Punjab Mental Hospital Lahore 1922-31 - 1922-1931
Year: 1922
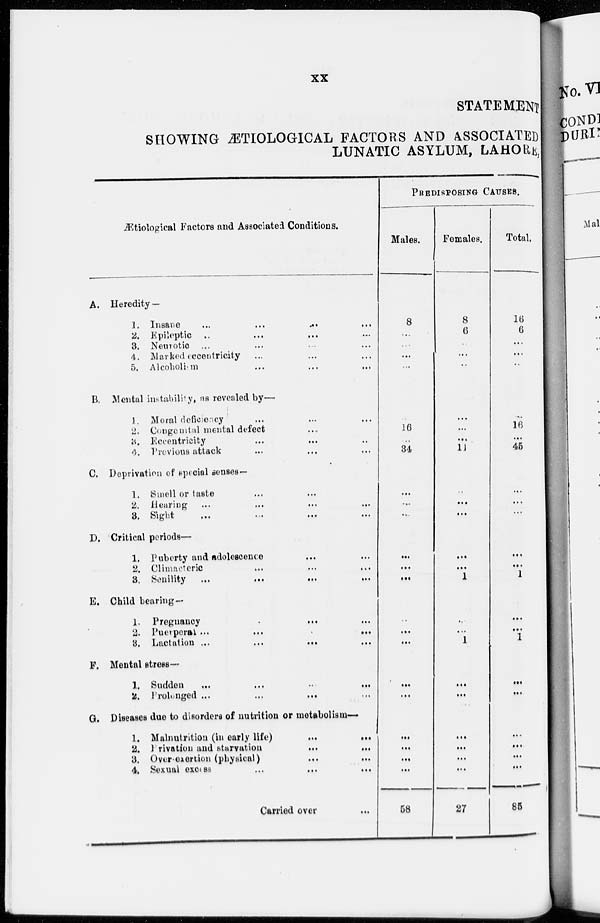
xx
STATEMENT
SHOWING ÆTIOLOGICAL FACTORS AND ASSOCIATED
LUNATIC ASYLUM, LAHORE,
Ætiological Factors and Associated Conditions.
A. Heredity —
1.
Insane
...
...
...
...
2. Epileptic
...
...
... ...
3. Neurotic ... ... ... ...
4. Marked eccentricity ... ... ...
5. Alcoholism ... ... ... ...
B. Mental instability, as revealed by—
1. Moral deficiency ... ... ...
2. Congenital mental defect ... ... ...
3. Eccentricity ... ... ... ...
4. Previous attack
...
...
...
...
C. Deprivation of special senses—
1. Smell or taste ... ... ... ...
2. Hearing ... ... ... ...
3. Sight
...
...
...
...
D. Critical periods—
1. Puberty and adolescence ... ... ...
2. Climacteric
...
...
...
...
3. Senility
...
...
...
...
E. Child bearing—
1. Preguancy ... ... ... ...
2. Puerperal
...
...
...
...
3. Lactation
...
...
...
...
F. Mental stress—
1. Sudden
...
...
...
...
2. Prolonged
...
...
...
...
G. Diseases due to disorders of nutrition or metabolism—
1. Malnutrition (in early life)
...
...
...
2. Privation and starvation
...
...
...
3. Over-exertion (physical)
...
...
...
4. Sexual excess
...
...
...
...
Carried over ...
PREDISPOSING CAUSES.
Males.
8
...
...
...
...
...
16
..
34
...
...
...
...
...
...
..
...
...
...
...
...
...
...
...
58
Females.
8
6
...
...
...
...
...
...
11
...
...
...
...
...
1
...
...
1
...
...
...
...
...
...
27
Total.
16
6
...
...
...
...
16
...
45
...
...
...
...
...
1
...
...
1
...
...
...
...
...
...
85